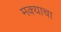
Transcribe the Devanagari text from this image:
मक्याचा